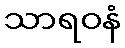
သာရဝနံ